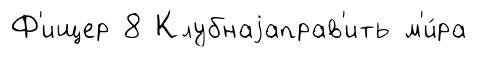
Ф'ищер 8 Клубнаjаправ'ить м'и́ра